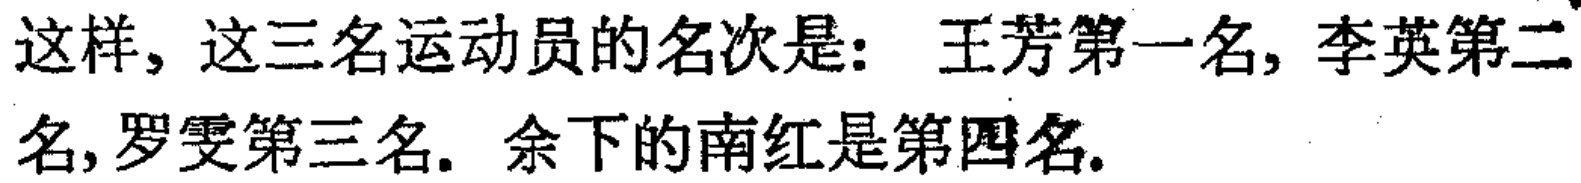
这样, 这三名运动员的名次是: 王芳第一名, 李英第二名, 罗雯第三名. 余下的南红是第四名.